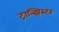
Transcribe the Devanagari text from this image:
ट्रान्झिस्टर